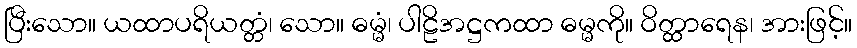
ပြီးသော။ ယထာပရိယတ္တံ၊ သော။ ဓမ္မံ၊ ပါဠိအဋ္ဌကထာ ဓမ္မကို။ ဝိတ္ထာရေန၊ အားဖြင့်။